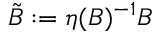
{ \tilde { B } } : = \eta ( B ) ^ { - 1 } B